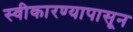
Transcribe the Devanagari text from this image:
स्वीकारण्यापासून